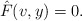
\begin{align*} \hat{F}(v,y)=0.\end{align*}